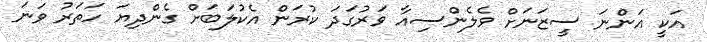
އަކީ އަންނަ ސީޒަނަށް ވެލެންސިއާ ވަރުގަދަ ކުރަން އެކުލަބަށް ގެންދިޔަ ހަތަރު ވަނަ